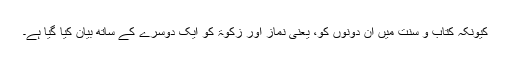
کیونکہ کتاب و سنت میں ان دونوں کو، یعنی نماز اور زکوٰۃ کو ایک دوسرے کے ساتھ بیان کیا گیا ہے۔